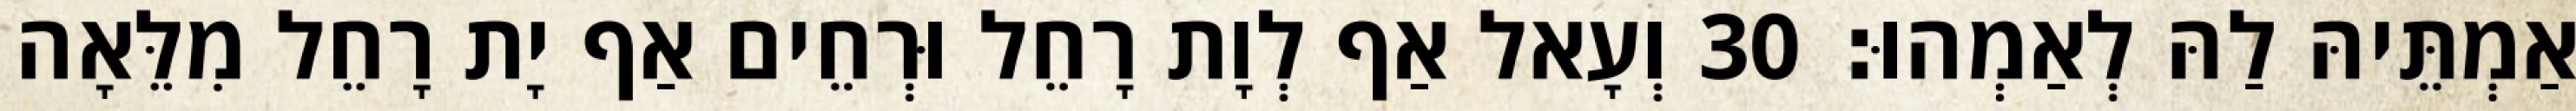
אַמְתֵּיהּ לַהּ לְאַמְהוּ׃ 30 וְעָאל אַף לְוָת רָחֵל וּרְחֵים אַף יָת רָחֵל מִלֵּאָה